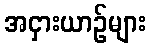
အငှားယာဉ်များ